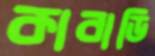
কাবাডি